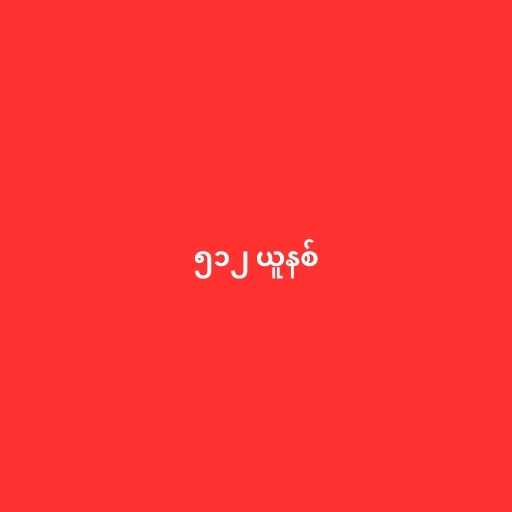
၅၁၂ ယူနစ်